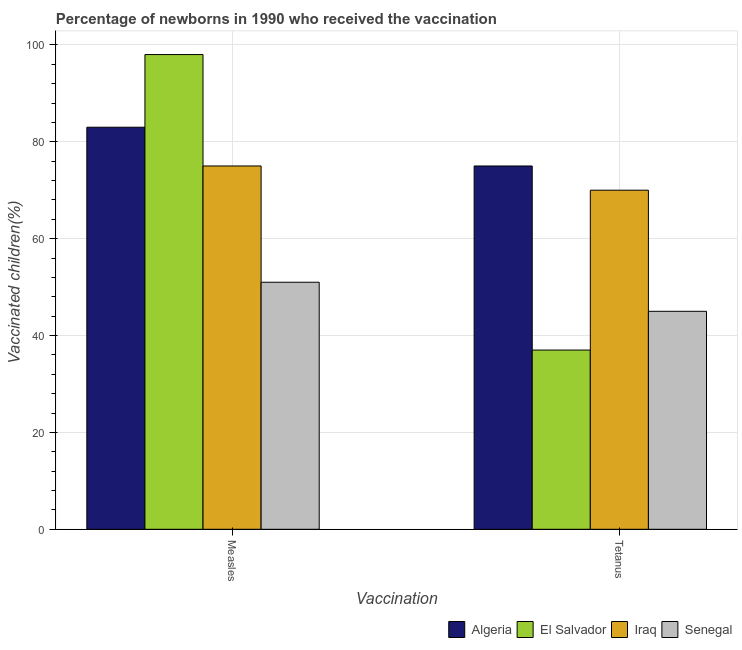
| Vaccination | Algeria | El Salvador | Iraq | Senegal |
 | --- | --- | --- | --- | --- |
 | Measles | 83 | 98 | 75 | 51 |
 | Tetanus | 75 | 37 | 70 | 45 |